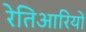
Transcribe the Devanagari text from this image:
रेतिआरियों